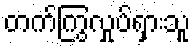
တက်ကြွလှုပ်ရှားသူ